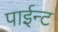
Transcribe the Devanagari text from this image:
पाईन्ट